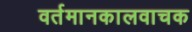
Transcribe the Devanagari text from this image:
वर्तमानकालवाचक